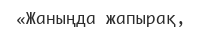
«Жаныңда жапырақ,